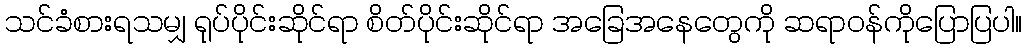
သင်ခံစားရသမျှ ရုပ်ပိုင်းဆိုင်ရာ စိတ်ပိုင်းဆိုင်ရာ အခြေအနေတွေကို ဆရာဝန်ကိုပြောပြပါ။